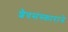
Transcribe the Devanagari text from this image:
शैवसंस्काराने